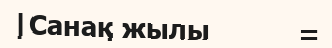
|Санақ жылы           =